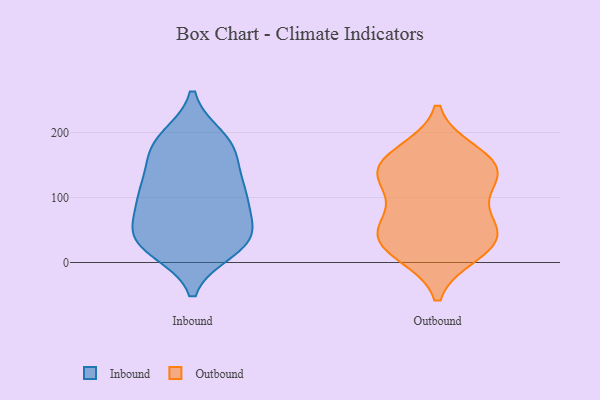
{"axis": {"x": "Backlog", "y": "Value"}, "legend": ["Inbound", "Outbound"], "data": [{"x": "", "y": 82, "type": "Inbound"}, {"x": "", "y": 47, "type": "Inbound"}, {"x": "", "y": 95, "type": "Inbound"}, {"x": "", "y": 43, "type": "Inbound"}, {"x": "", "y": 160, "type": "Inbound"}, {"x": "", "y": 177, "type": "Inbound"}, {"x": "", "y": 187, "type": "Inbound"}, {"x": "", "y": 102, "type": "Inbound"}, {"x": "", "y": 45, "type": "Inbound"}, {"x": "", "y": 121, "type": "Inbound"}, {"x": "", "y": 26, "type": "Inbound"}, {"x": "", "y": 33, "type": "Inbound"}, {"x": "", "y": 20, "type": "Inbound"}, {"x": "", "y": 113, "type": "Inbound"}, {"x": "", "y": 30, "type": "Inbound"}, {"x": "", "y": 191, "type": "Inbound"}, {"x": "", "y": 175, "type": "Inbound"}, {"x": "", "y": 112, "type": "Inbound"}, {"x": "", "y": 133, "type": "Outbound"}, {"x": "", "y": 24, "type": "Outbound"}, {"x": "", "y": 114, "type": "Outbound"}, {"x": "", "y": 65, "type": "Outbound"}, {"x": "", "y": 31, "type": "Outbound"}, {"x": "", "y": 143, "type": "Outbound"}, {"x": "", "y": 168, "type": "Outbound"}, {"x": "", "y": 15, "type": "Outbound"}, {"x": "", "y": 157, "type": "Outbound"}, {"x": "", "y": 51, "type": "Outbound"}, {"x": "", "y": 140, "type": "Outbound"}, {"x": "", "y": 49, "type": "Outbound"}]}